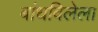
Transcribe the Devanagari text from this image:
बांधविलेला